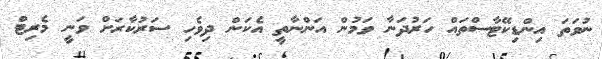
ނުވަތަ އިންޑިކޭޓާސްތައް ހަރުދަނާ ވަމުން އަންނާތީ އެކަން ދިވެހި ސަރުކާރަށް ވަނީ މެރިޓް